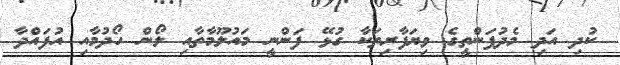
ކުދި އަދި މެދުފަންތީގެ ވިޔަފާރިތަކާ ގުޅޭ ފަންނީ މައުލޫމާތާއި ލޯން ހޯދުމާއި އުފައްދާ